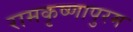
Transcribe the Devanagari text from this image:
रामकृष्णापुरम